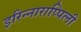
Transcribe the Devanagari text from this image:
इरिन्नाराप्पिली